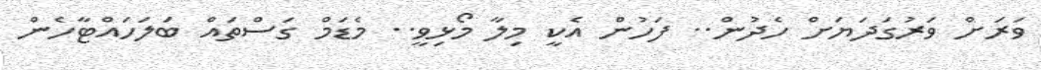
ވަރަށް ވަރުގަދަޔަށް ހެދުން.. ފަހުން އެކީ މިލާ މޯޅިވީ.. މެޑަމް ގަސްތައް ބަލަހައްޓާހެން